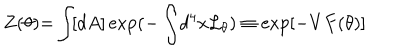
Z ( \theta ) { = } \int \! [ d A ] \exp ( { - } \int \! d ^ { 4 } x { \cal L } _ { \theta } ) \equiv \exp [ - V F ( \theta ) ]